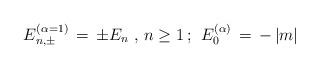
LaTeX: \begin{align*} E^{(\alpha=1)}_{n,\pm} \, = \, \pm E_n \; , \, n \geq 1 \, ; \; \, E^{(\alpha)}_{0}\, = \, - \, |m|\end{align*}